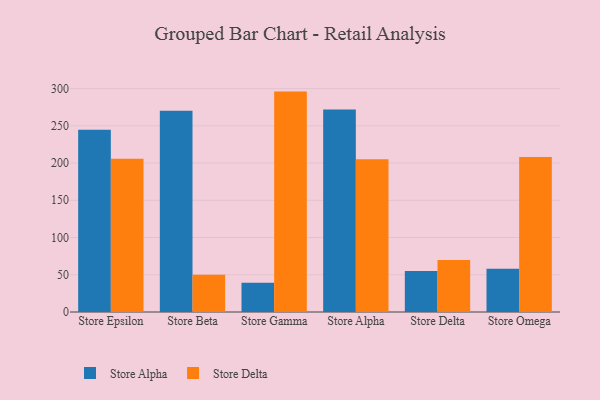
{"axis": {"x": "Store", "y": "Page Views"}, "legend": ["Store Alpha", "Store Delta"], "data": [{"x": "Store Epsilon", "y": 244.8, "type": "Store Alpha"}, {"x": "Store Epsilon", "y": 205.6, "type": "Store Delta"}, {"x": "Store Beta", "y": 270.3, "type": "Store Alpha"}, {"x": "Store Beta", "y": 49.9, "type": "Store Delta"}, {"x": "Store Gamma", "y": 39.3, "type": "Store Alpha"}, {"x": "Store Gamma", "y": 295.9, "type": "Store Delta"}, {"x": "Store Alpha", "y": 272.0, "type": "Store Alpha"}, {"x": "Store Alpha", "y": 205.1, "type": "Store Delta"}, {"x": "Store Delta", "y": 54.9, "type": "Store Alpha"}, {"x": "Store Delta", "y": 69.9, "type": "Store Delta"}, {"x": "Store Omega", "y": 58.0, "type": "Store Alpha"}, {"x": "Store Omega", "y": 208.1, "type": "Store Delta"}]}